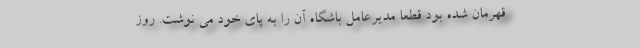
قهرمان شده بود قطعا مدیرعامل باشگاه آن را به پای خود می نوشت. روز